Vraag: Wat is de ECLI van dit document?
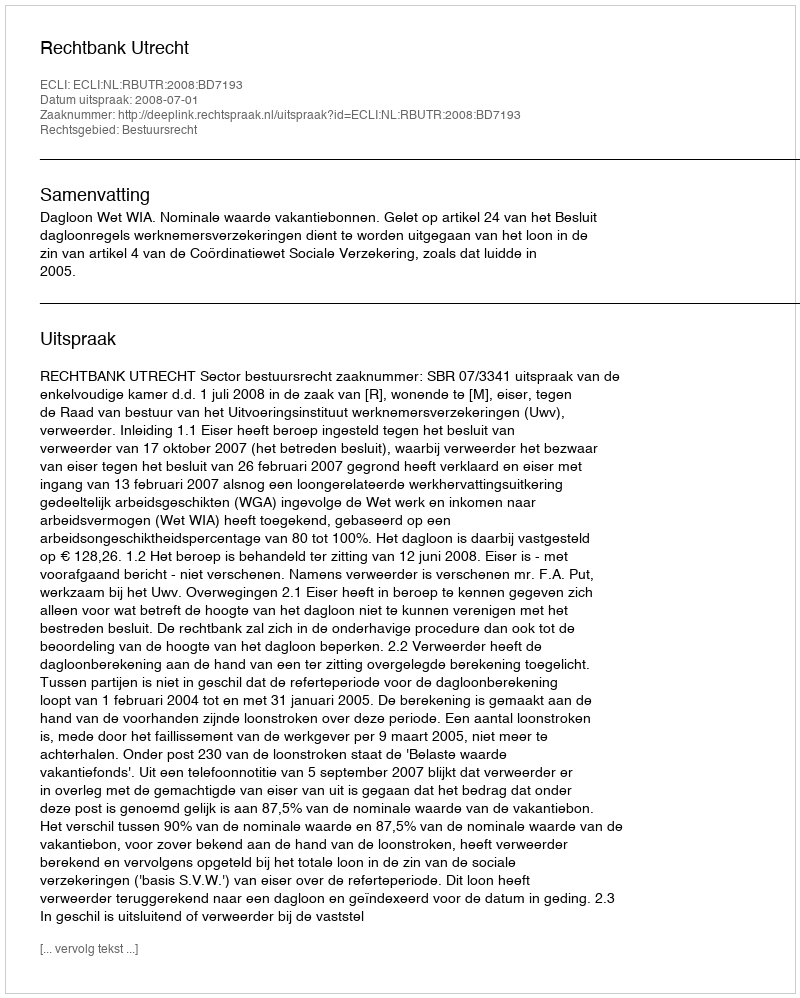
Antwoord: ECLI:NL:RBUTR:2008:BD7193